Insane asylums in Bengal annual reports 1867-1875 - 1867-1875
Year: 1867
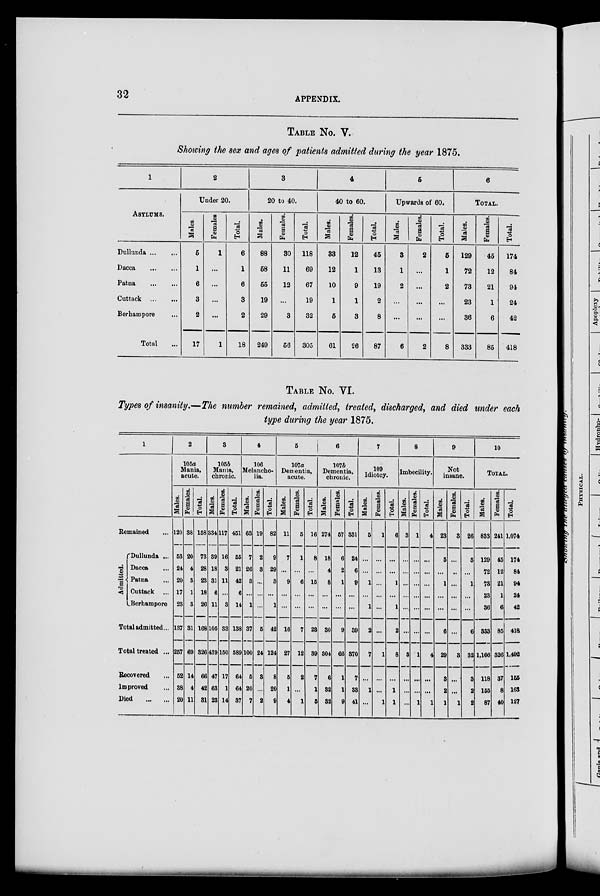
32
APPENDIX.
TABLE No. V.
Showing the sex and ages of patients admitted during the year 1875.
1
ASYLUMS.
Dullunda
...
...
Dacca
...
...
Patna ... ...
Cuttack
...
...
Berhampore ...
Total ...
2
Under 20.
Males.
5
1
6
3
2
17
Females
1
...
...
...
...
1
Total.
6
1
6
3
2
18
3
20 to 40.
Males.
88
58
55
19
29
249
Females.
30
11
12
...
3
56
Total.
118
69
67
19
32
305
4
40 to 60.
Males.
33
12
10
1
5
61
Females.
12
1
9
1
3
26
Total.
45
13
19
2
8
87
5
Upwards of 60.
Males.
3
1
2
...
...
6
Females.
2
...
...
...
...
2
Total.
5
1
2
...
...
8
6
TOTAL.
Males.
129
72
73
23
36
333
Females.
45
12
21
1
6
85
Total.
174
84
94
24
42
418
TABLE No. VI.
Types of insanity.—The number remained, admitted, treated, discharged, and died under each
type during the year 1875.
1
Remained ...
Admitted.
Dullunda ...
Dacca ...
Patna ...
Cuttack ...
Berhampore
Total admitted ...
Total treated ...
Recovered ...
Improved ...
Died
...
...
2
105a
Mania,
acute.
Males.
120
53
24
20
17
23
137
257
52
38
20
Females.
38
20
4
8
1
3
31
69
14
4
11
Total.
158
73
28
23
18
26
168
326
66
42
31
3
105b
Mania,
chronic.
Males.
334
39
18
31
6
11
105
439
47
63
23
Females.
117
16
3
11
...
3
33
150
17
1
14
Total.
451
55
21
42
6
14
138
589
64
64
37
4
106
Melancho-
lia.
Males.
63
7
26
3
...
1
37
100
5
20
7
Females.
19
2
3
...
...
...
5
24
3
...
2
Total.
82
9
29
3
...
1
42
124
8
20
9
5
107a
Dementia,
acute.
Males.
11
7
...
9
...
...
16
27
5
1
4
Females.
5
1
...
6
...
...
7
12
2
...
1
Total.
16
8
...
15
...
...
23
39
7
1
5
6
107b
Dementia,
chronic.
Males.
274
18
4
8
...
...
30
304
6
32
32
Females.
57
6
2
1
...
...
9
66
1
1
9
Total.
331
24
6
9
...
...
39
370
7
33
41
7
109
Idiotcy.
Males.
5
...
...
1
...
1
2
7
...
1
...
Females.
1
...
...
...
...
...
...
1
...
...
1
Total.
6
...
...
1
...
1
2
8
...
1
1
8
Imbecility.
Males.
3
...
...
...
...
...
...
3
...
...
...
Females.
1
...
...
...
...
...
...
1
...
...
1
Total.
4
...
...
...
...
...
...
4
...
...
1
9
Not
insane.
Males.
23
5
...
1
...
...
6
29
3
2
1
Females.
3
...
...
...
...
...
...
3
...
...
1
Total.
26
5
...
1
...
...
6
32
3
2
2
10
TOTAL.
Males.
833
129
72
73
23
36
333
1,166
118
155
87
Females.
241
45
12
21
1
6
85
326
37
8
40
Total.
1,074
174
84
94
24
42
418
1,492
155
163
127